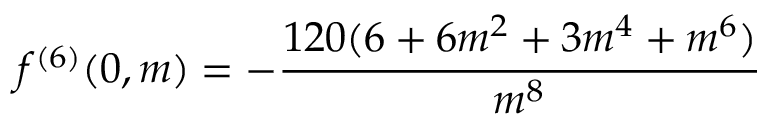
f ^ { ( 6 ) } ( 0 , m ) = - \frac { 1 2 0 ( 6 + 6 m ^ { 2 } + 3 m ^ { 4 } + m ^ { 6 } ) } { m ^ { 8 } }